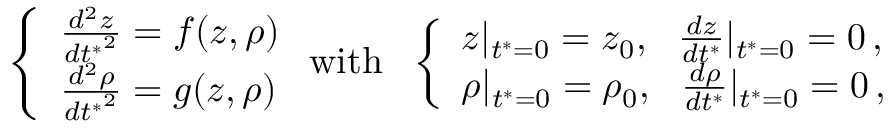
\left\{ \begin{array} { l l } { \frac { d ^ { 2 } z } { { d t ^ { * } } ^ { 2 } } = f ( z , \rho ) } \\ { \frac { d ^ { 2 } \rho } { { d t ^ { * } } ^ { 2 } } = g ( z , \rho ) } \end{array} \right. \mathrm { w i t h } \ \ \left\{ \begin{array} { l l } { z | _ { t ^ { * } = 0 } = z _ { 0 } , \ \ \frac { d z } { d t ^ { * } } | _ { t ^ { * } = 0 } = 0 \, , } \\ { \rho | _ { t ^ { * } = 0 } = \rho _ { 0 } , \ \ \frac { d \rho } { d t ^ { * } } | _ { t ^ { * } = 0 } = 0 \, , } \end{array} \right.